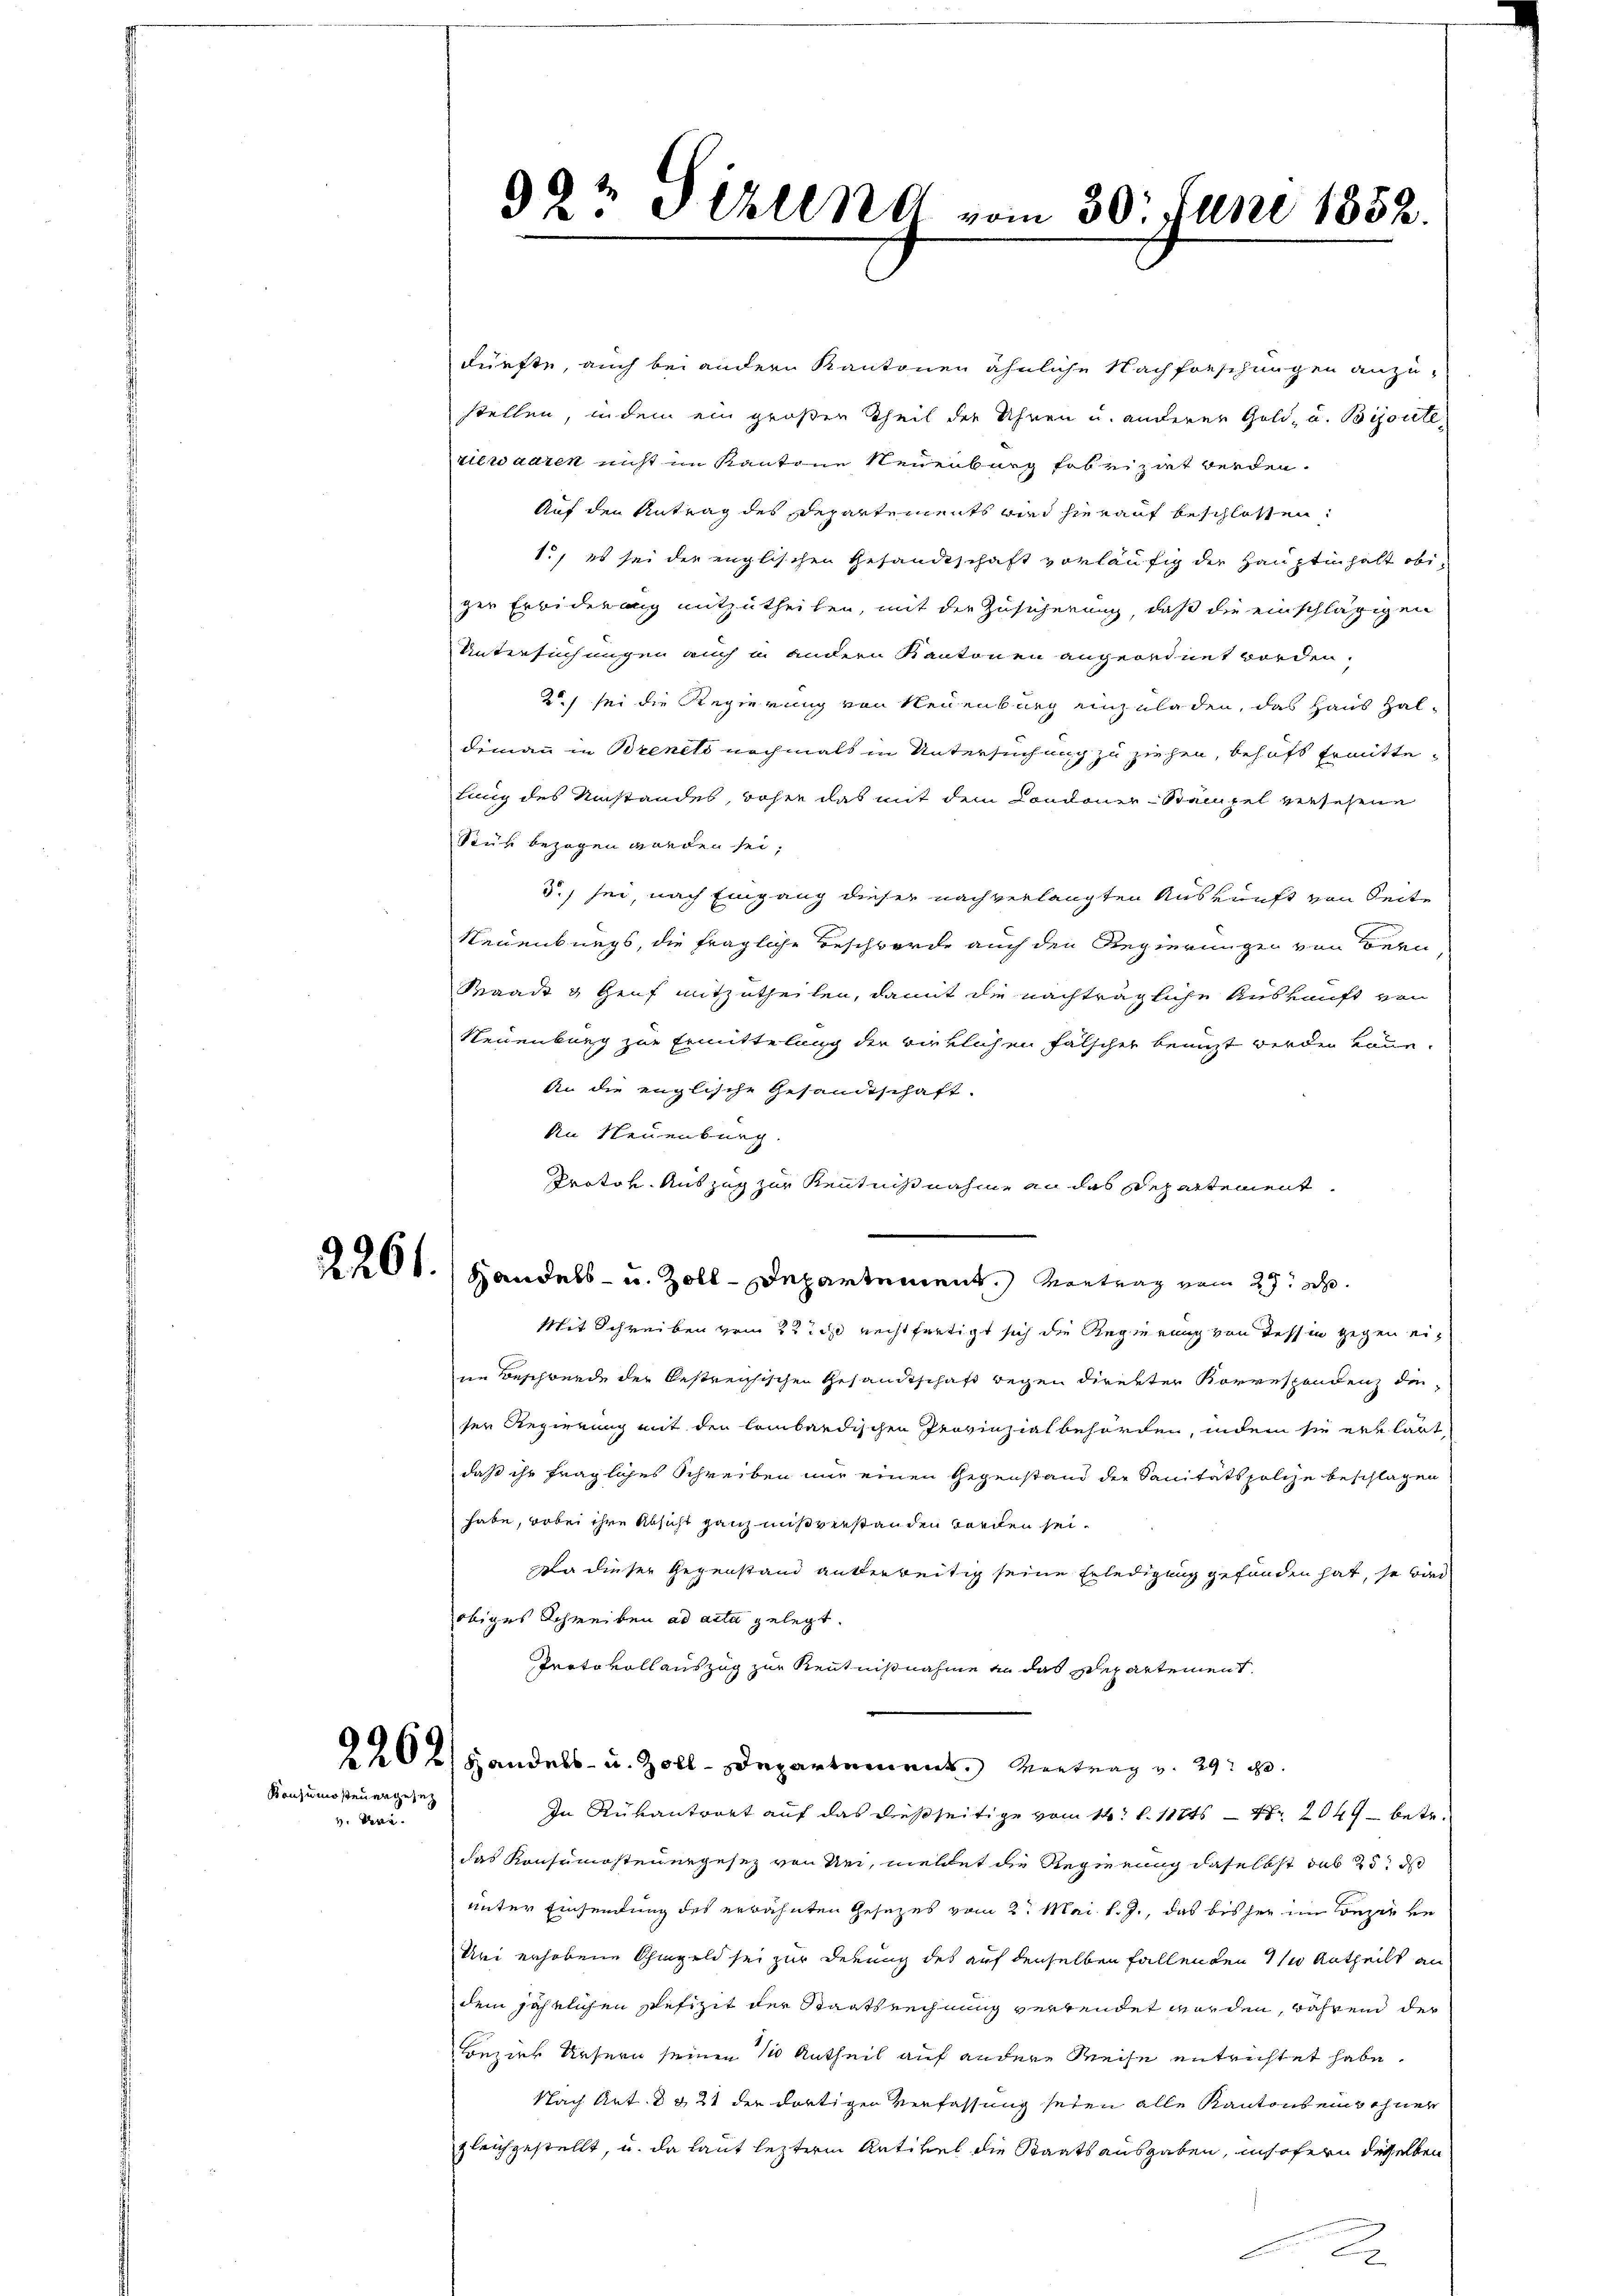
Konsumosteuergesetz
v. Uri.

994 Fehlend vom 30. Juni 1852.

dürfte, auch bei andern Kantonen ähnliche Nachforschungen anzustellen, in dem ein großen Theil der Uhren u. anderer Gold- u. Bijoute
ziewaaren nicht im Kantone Neuenburg fabrizirt werden.
Auf den Antrag des Departements wird hierauf beschlossen:
1., es sei der englischen Gesandtschaft vorläufig der Hauptinhalt obiger Erbiderung mitzutheilen, mit der Zusicherung, daß die einschlägigen
Untersuchungen auch in andern Kantonen angeordnet worden.
2 sei die Regierung von Neuenburg einzuladen, das Haus haldemann in Brenets nochmals in Untersuchung zu ziehen, behaft Ermittelung des Umstandes, woher das mit dem Condoner-Stampel versehene
Stuk bezogen worden sei.
3.) sei, nach Eingang dieser nach verlangten Auskunft von Seite
g
Neuenburgs, die fragliche Beschwerde auch den Regierungen von Bern
Waadt & Genf mitzutheilen, damit die nachträgliche Auskunft von
Neuenburg zur Ermittelung der wirklichen Fälscher benuzt werden kann.
An die englische Gesandtschaft.
An Neuenburg.
Protok. Auszug zur Kenntnisnahme an das Departement
Mit Schreiben vom 22. ds rechtfertigt sich die Regierung von Tessin gegen eine Beschwerde der bestreichischen Gesandtschaft wegen direkter Korrespondenz die
ser Regierung mit den lombardischen Provinzialbehörden, indem sie erklärt,
daß ihr fragliches Schreiben nur einen Gegenstand der Sanitätspolize beschlagen
habe, wobei ihre Absicht ganz mißverstanden worden sei.
Da dieser Gegenstand anderbeitig seine Erledigung gefunden hat, so wird
obiges Schreiben ad acta gelegt.
Protokoll auszug zur Kenntnißnahme an das Departement.
2202) Handels- u. Zoll-Departement Vertrag v. 29t
In Rükantwort auf das dießseitige vom 14. d. 111 47. 1049 betr.
das Konsumosteuergesez von Uri, meldet die Regierung daselbst das 25 d
unter Einsendung des erwähnten Gesetzes vom 2. Mai l. J., das bisher im Bezel ve
Uri erhobene Ohmgeld sei zur derung des auf denselben fallenden 11 Antheilt an
dem jährlichen Sefizit der Staatsrechnung verwendet worden, während der
Bezier Ursern seinen 10 Antheil auf andere Weise entrichtet habe.
Nach Art. d 321 der dortigen Verfassung seien alle Kantons eins ohner
gleichgestellt, u. da laut leztere Artikel die Staatsausgaben, insofern desselben
2

2201.) Handels- u. Zoll-Departement. Vortrag vom 29. ab.